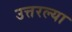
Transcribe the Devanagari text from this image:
उत्तरल्या